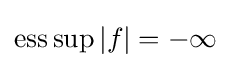
\operatorname {ess} \sup |f|=-\infty